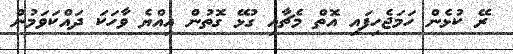
ރޭ ކުޅެން ހަމަޖެހިފައި އޮތް މެޗާއި ގުޅޭ ގޮތުން އިއްޔެ ވާހަކަ ދައްކަވަމުން